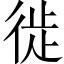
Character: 徙